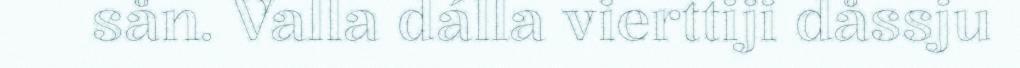
sån. Valla dálla vierttiji dåssju